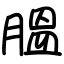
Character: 膃